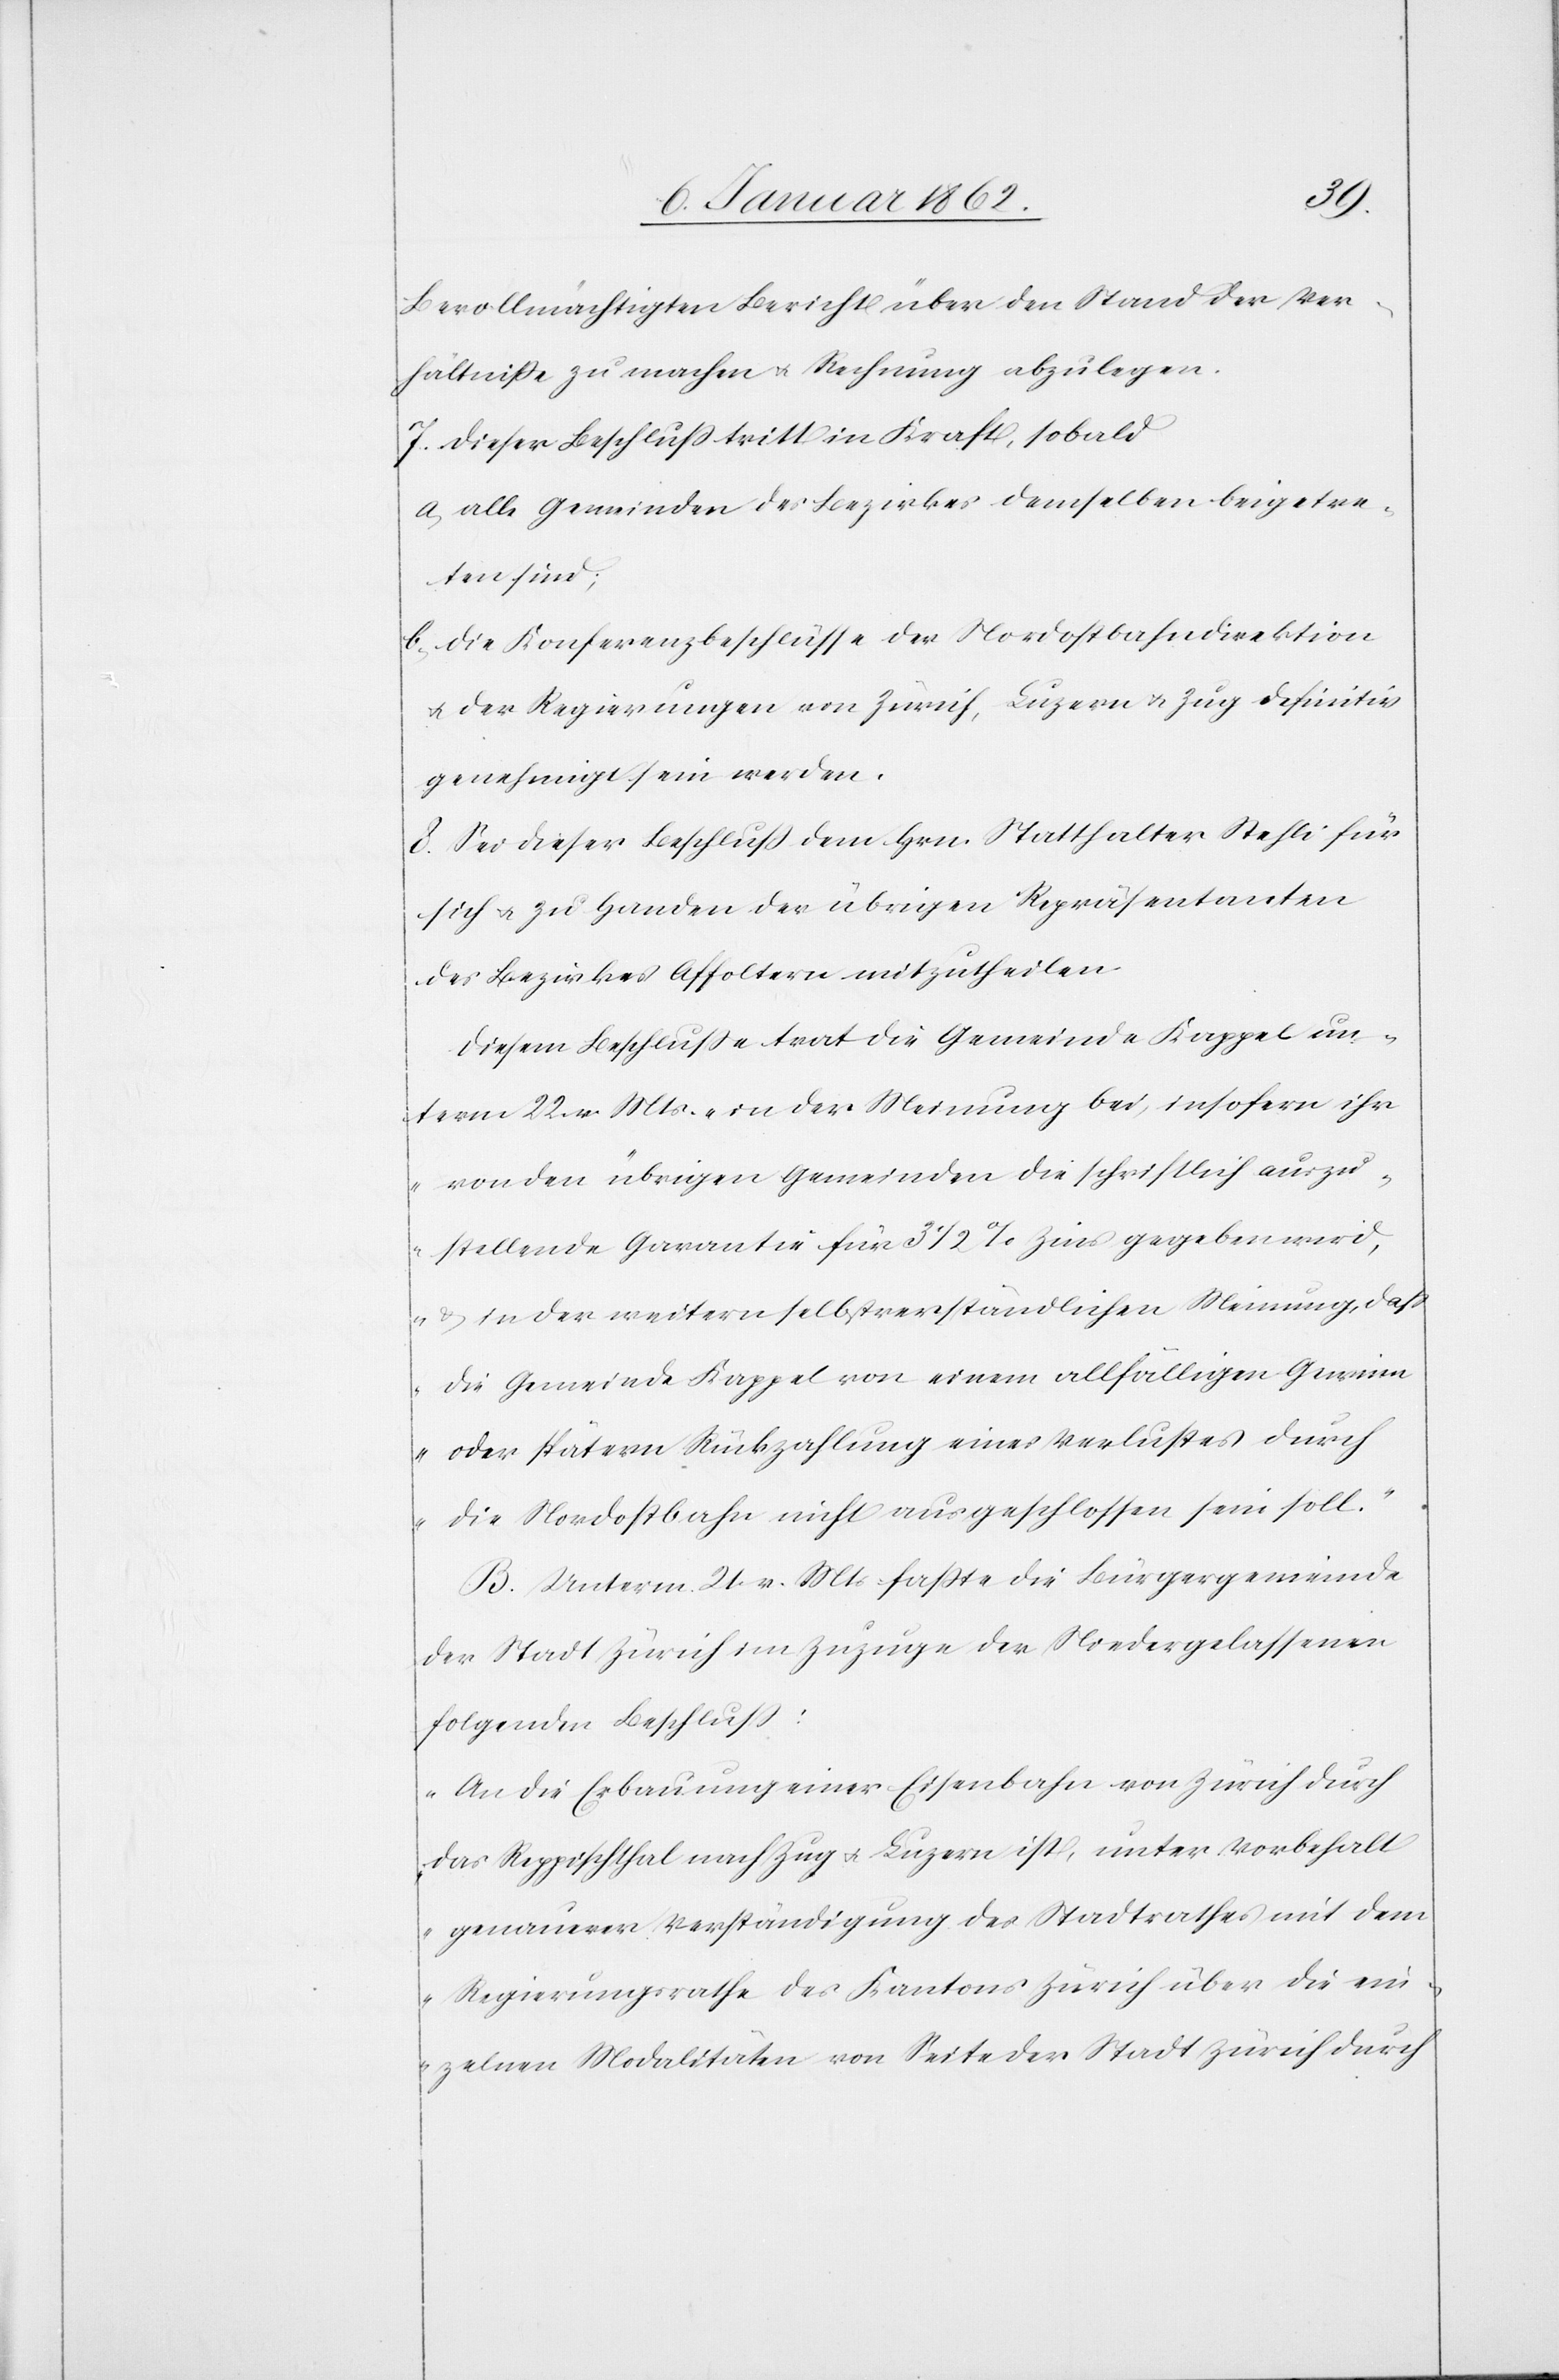
Bevollmächtigten Bericht über den Stand der Ver¬
hältniße zu machen u. Rechnung abzulegen.
7. Dieser Beschluß tritt in Kraft, sobald
a. alle Gemeinden des Bezirkes demselben beigetre¬
ten sind;
b. die Konferenzbeschlüsse der Nordostbahndirektion
u. der Regierungen von Zürich, Luzern u. Zug definitiv
genehmigt sein werden.
8. Sei dieser Beschluß dem Hrn. Statthalter Stehli für
sich u. zu Handen der übrigen Repräsentanten
des Bezirkes Affoltern mitzutheilen[.]
Diesem Beschluße trat die Gemeinde Kappel un¬
term 22. v. Mts. „in der Meinung bei, insofern ihr
von den übrigen Gemeinden die schriftlich auszu¬
stellende Garantie für 3 1/2% Zins gegeben wird,
u. in der weitern selbstverständlichen Meinung, daß
die Gemeinde Kappel von einem allfälligen Gewinn
oder spätern Rückzahlung eines Verlustes durch
die Nordostbahn nicht ausgeschlossen sein soll.“
B. Unterm 21. v. Mts faßte die Bürgergemeinde
der Stadt Zürich im Zuzuge der Niedergelassenen
folgenden Beschluß:
„An die Erbauung einer Eisenbahn von Zürich durch
das Reppischthal nach Zug u. Luzern ist, unter Vorbehalt
genauerer Verständigung des Stadtrathes mit dem
Regierungsrathe des Kantons Zürich über die ein¬
zelnen Modalitäten von Seite der Stadt Zürich durch